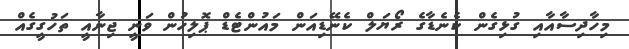
މިހާދިސާއާއި ގުޅިގެން ކެނެޑާގެ ރޯޔަލް ކެނޭޑިއަން މައުންޓެޑް ޕޮލިހުން ވަނީ ޖިނާއީ ތަހުގީގެއް